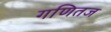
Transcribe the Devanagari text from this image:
गणितज